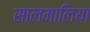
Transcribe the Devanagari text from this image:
सालमालिया